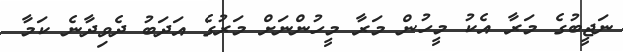
ނަޖީބުގެ މަރާ އެކު މީހުން މަރާ މީހުންނަށް މަރުގެ އަދަބު ދެވިދާނެ ކަމާ